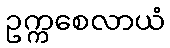
ဥက္ကစေလာယံ